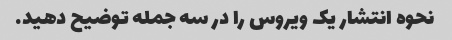
نحوه انتشار یک ویروس را در سه جمله توضیح دهید.